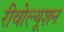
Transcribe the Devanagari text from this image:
रीवोल्यूशन